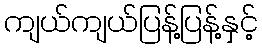
ကျယ်ကျယ်ပြန့်ပြန့်နှင့်